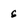
Character: 6